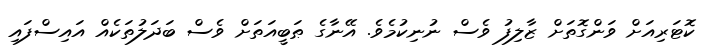
ކޮޓަރިއަށް ވަންގޮތަށް ޒާލިފު ވެސް ނުނިކުމެވެ. އޭނާގެ ޠަބީއަތަށް ވެސް ބަދަލުތަކެއް އައިސްފައި